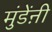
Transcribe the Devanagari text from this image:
मुंडेंऩी